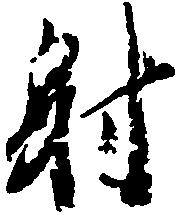
射